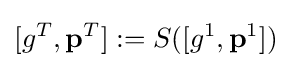
[g^{T},\mathbf {p} ^{T}]:=S([g^{1},\mathbf {p} ^{1}])